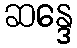
ဆန္ဒေ